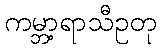
ကမ္ဘာ့ရာသီဥတု